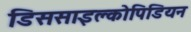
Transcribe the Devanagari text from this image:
डिससाइक्लोपिडियन